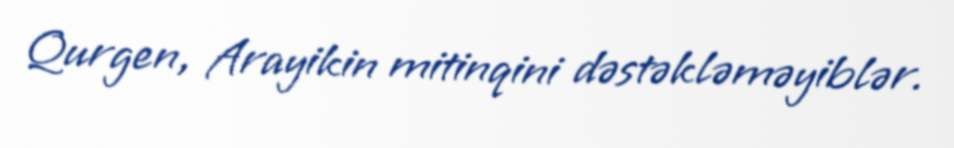
Qurgen, Arayikin mitinqini dəstəkləməyiblər.